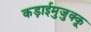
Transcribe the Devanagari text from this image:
कड़ाईमुजुक्कू